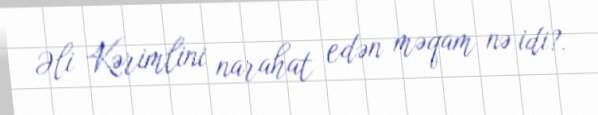
Əli Kərimlini narahat edən məqam nə idi?.